Vaccination in Bombay 1924-1928 - 1924-1928
Year: 1924
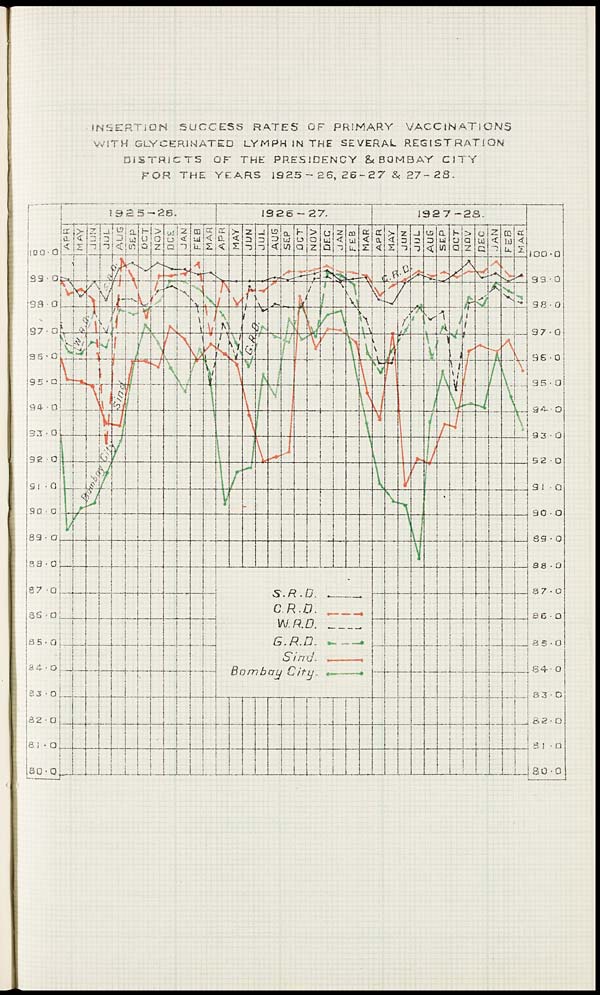
INSERTION SUCCESS RATES OF PRIMARY
VACCINATIONS
WITH GLYCERINATED LYMPH IN THE SEVERAL REGISTRATION
DISTRICTS OF THE PRESIDENCY & BOMBAY CITY
FOR THE YEARS 1925-26, 26-27 & 27- 28.